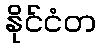
နိုင်ငံတ